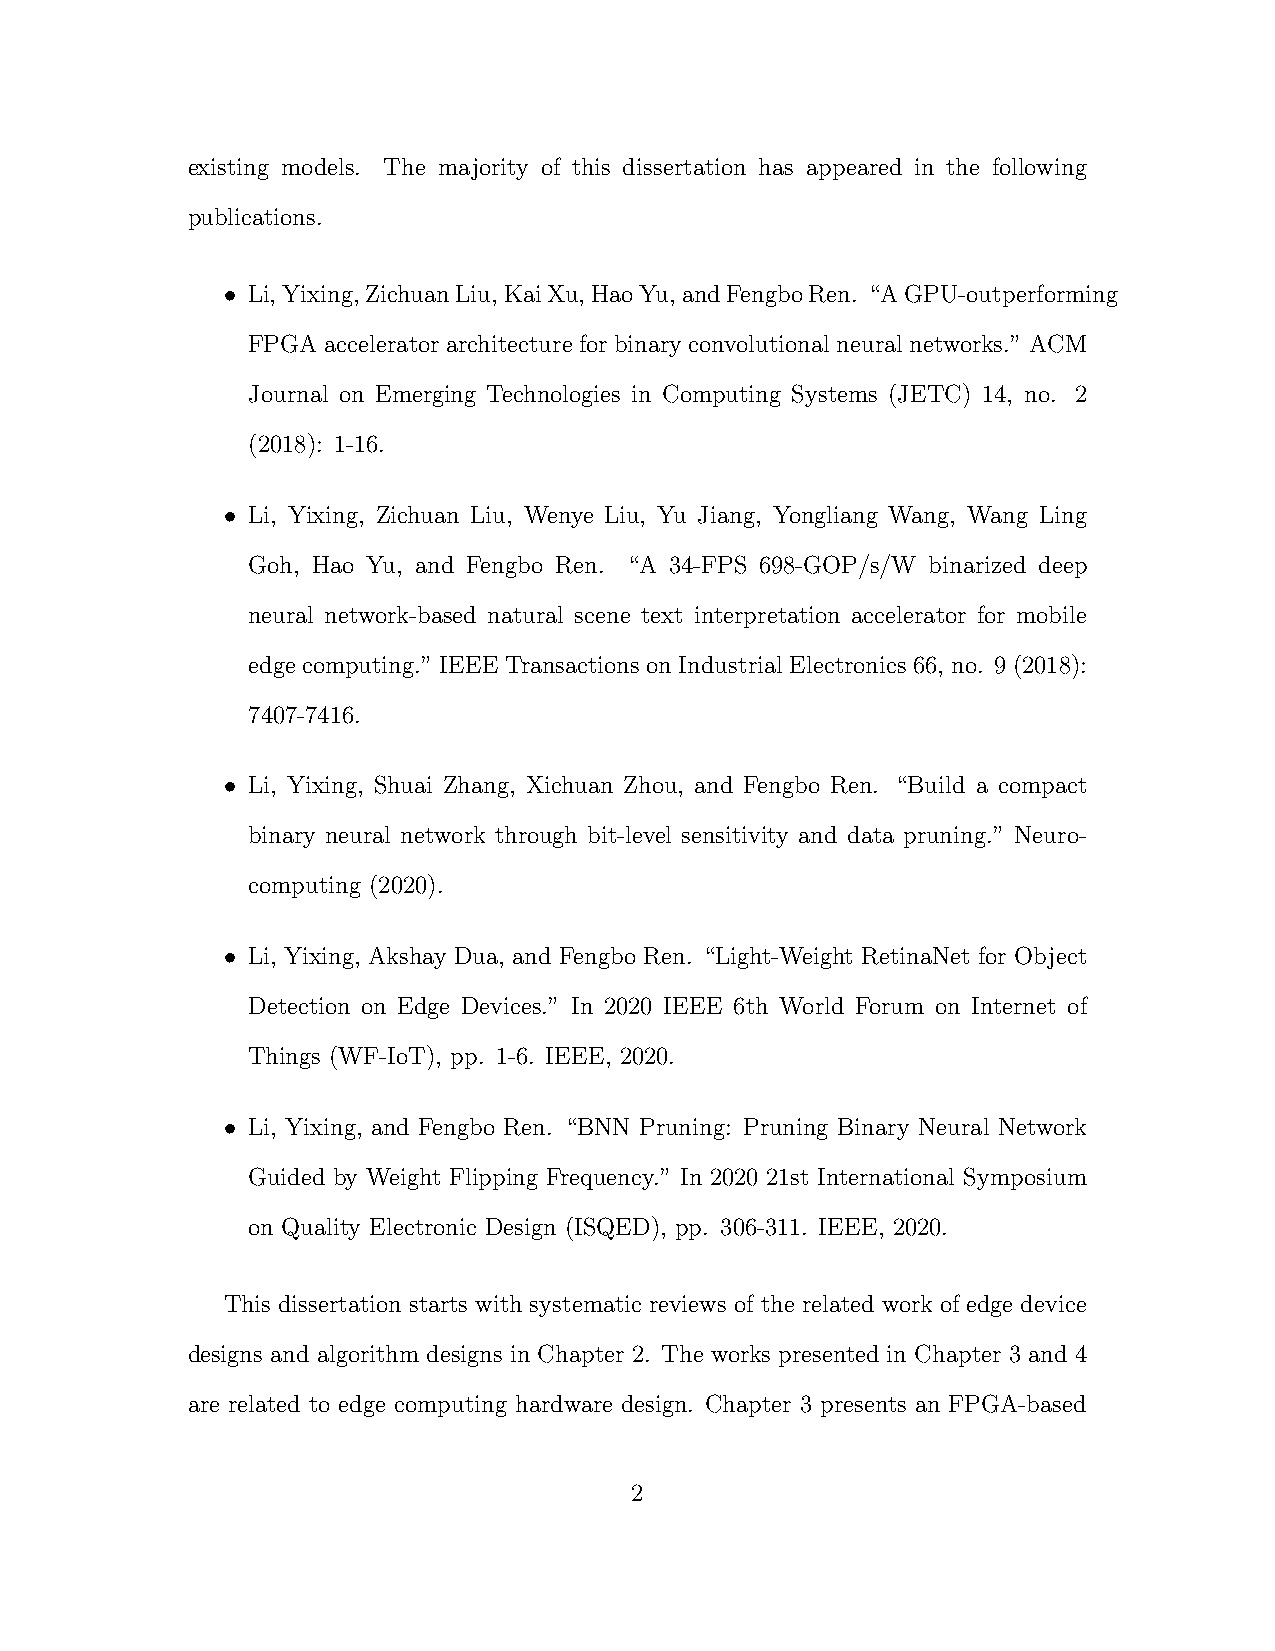
existing models. The majority of this dissertation has appeared in the following
 publications.
 • Li,Yixing,ZichuanLiu,KaiXu,HaoYu,andFengboRen. “AGPU-outperforming
 FPGA  accelerator architecture for binary convolutional neural networks.” ACM
 Journal on Emerging Technologies in Computing Systems (JETC) 14, no. 2
 (2018): 1-16.
 • Li, Yixing, Zichuan Liu, Wenye Liu, Yu Jiang, Yongliang Wang, Wang Ling
 Goh, Hao Yu, and Fengbo Ren. “A 34-FPS 698-GOP/s/W binarized deep
 neural network-based natural scene text interpretation accelerator for mobile
 edge computing.” IEEE Transactions on Industrial Electronics 66, no. 9 (2018):
 7407-7416.
 • Li, Yixing, Shuai Zhang, Xichuan Zhou, and Fengbo Ren. “Build a compact
 binary neural network through bit-level sensitivity and data pruning.” Neuro-
 computing (2020).
 • Li, Yixing, Akshay Dua, and Fengbo Ren. “Light-Weight RetinaNet for Object
 Detection on Edge Devices.” In 2020 IEEE 6th World Forum on Internet of
 Things (WF-IoT), pp. 1-6. IEEE, 2020.
 • Li, Yixing, and Fengbo Ren. “BNN Pruning: Pruning Binary Neural Network
 Guided by Weight Flipping Frequency.” In 2020 21st International Symposium
 on Quality Electronic Design (ISQED), pp. 306-311. IEEE, 2020.
 This dissertation starts with systematic reviews of the related work of edge device
 designs and algorithm designs in Chapter 2. The works presented in Chapter 3 and 4
 are related to edge computing hardware design. Chapter 3 presents an FPGA-based
 2